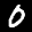
Label: 0